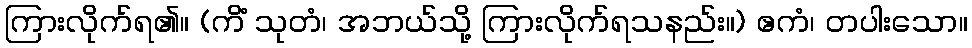
ကြားလိုက်ရ၏။ (ကိံ သုတံ၊ အဘယ်သို့ ကြားလိုက်ရသနည်း။) ဧကံ၊ တပါးသော။